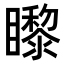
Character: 𥌛